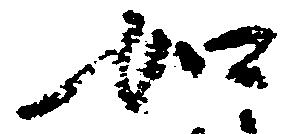
如